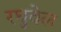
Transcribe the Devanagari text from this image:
रघुवेल